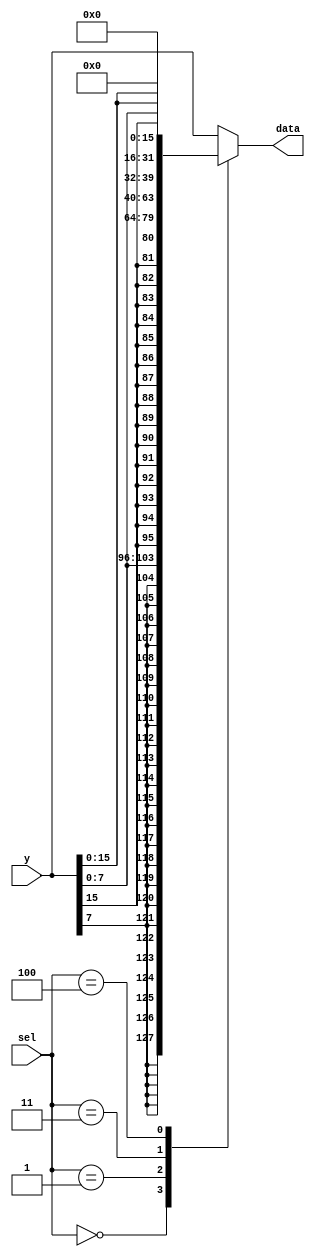

// load_extend.v - logic for extending the data and addr for loading word, half and byte


module load_extend (
    input [31:0] y,
    input [ 2:0] sel,
    output reg [31:0] data
);

always @(*) begin
    case (sel)
    3'b000: data = {{24{y[7]}}, y[7:0]};
    3'b001: data = {{16{y[15]}}, y[15:0]};
    3'b010: data = y;
    3'b011: data = {24'b0, y[7:0]};
    3'b100: data = {16'b0, y[15:0]};
    default: data = y;
    endcase
end

endmodule